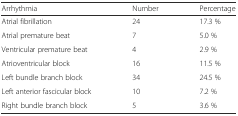
<table><thead><tr><td><b>Arrhythmia</b></td><td><b>Number</b></td><td><b>Percentage</b></td></tr></thead><tbody><tr><td>Atrial fibrillation</td><td>24</td><td>17.3 %</td></tr><tr><td>Atrial premature beat</td><td>7</td><td>5.0 %</td></tr><tr><td>Ventricular premature beat</td><td>4</td><td>2.9 %</td></tr><tr><td>Atrioventricular block</td><td>16</td><td>11.5 %</td></tr><tr><td>Left bundle branch block</td><td>34</td><td>24.5 %</td></tr><tr><td>Left anterior fascicular block</td><td>10</td><td>7.2 %</td></tr><tr><td>Right bundle branch block</td><td>5</td><td>3.6 %</td></tr></tbody></table>